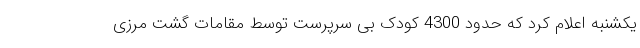
یکشنبه اعلام کرد که حدود 4300 کودک بی سرپرست توسط مقامات گشت مرزی